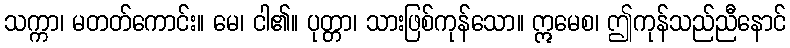
သက္ကာ၊ မတတ်ကောင်း။ မေ၊ ငါ၏။ ပုတ္တာ၊ သားဖြစ်ကုန်သော။ ဣမေစ၊ ဤကုန်သည်ညီနောင်